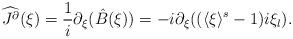
LaTeX: \begin{align*} \widehat{J^{\partial}}(\xi) = \frac 1 i \partial_{\xi} ( \hat B(\xi)) = -i \partial_{\xi} ( (\langle \xi \rangle^s -1) i \xi_l). \end{align*}